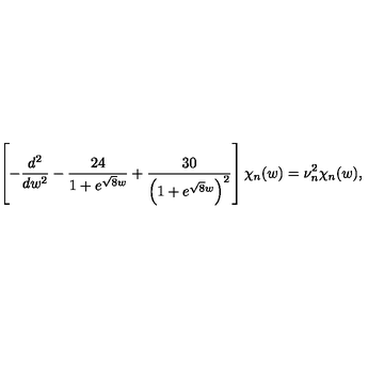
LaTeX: \left[ - \frac { d ^ { 2 } } { d w ^ { 2 } } - \frac { 2 4 } { 1 + e ^ { \sqrt { 8 } w } } + \frac { 3 0 } { \left( 1 + e ^ { \sqrt { 8 } w } \right) ^ { 2 } } \right] \chi _ { n } ( w ) = \nu _ { n } ^ { 2 } \chi _ { n } ( w ) ,